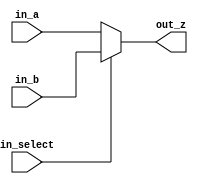
`timescale 1ns / 1ps
//////////////////////////////////////////////////////////////////////////////////
// Company: 
// Engineer: 
// 
// Design Name: 
// Module Name:    mux 
// Project Name: 
// Target Devices: 
// Tool versions: 
// Description: 
//
// Dependencies: 
//
// Revision: 
// Revision 0.01 - File Created
// Additional Comments: 
//
//////////////////////////////////////////////////////////////////////////////////
module mux_reg(input [4:0] in_a, input [4:0] in_b, input in_select, output [4:0]out_z);

assign out_z = (in_select == 0) ? in_a : in_b;

endmodule